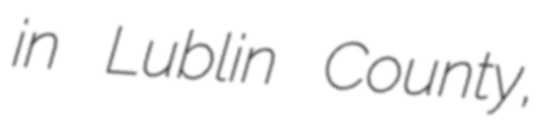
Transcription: in Lublin County,